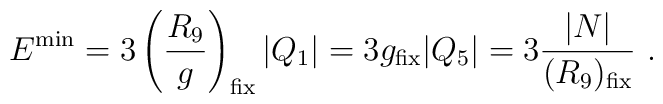
E^{\rm min} = 3 \left({R_9 \over  g}\right)_{\rm fix} |Q_1| =  3  g_{\rm fix}|Q_5| = 3 { |N|\over (R_9)_{\rm fix}} \ .